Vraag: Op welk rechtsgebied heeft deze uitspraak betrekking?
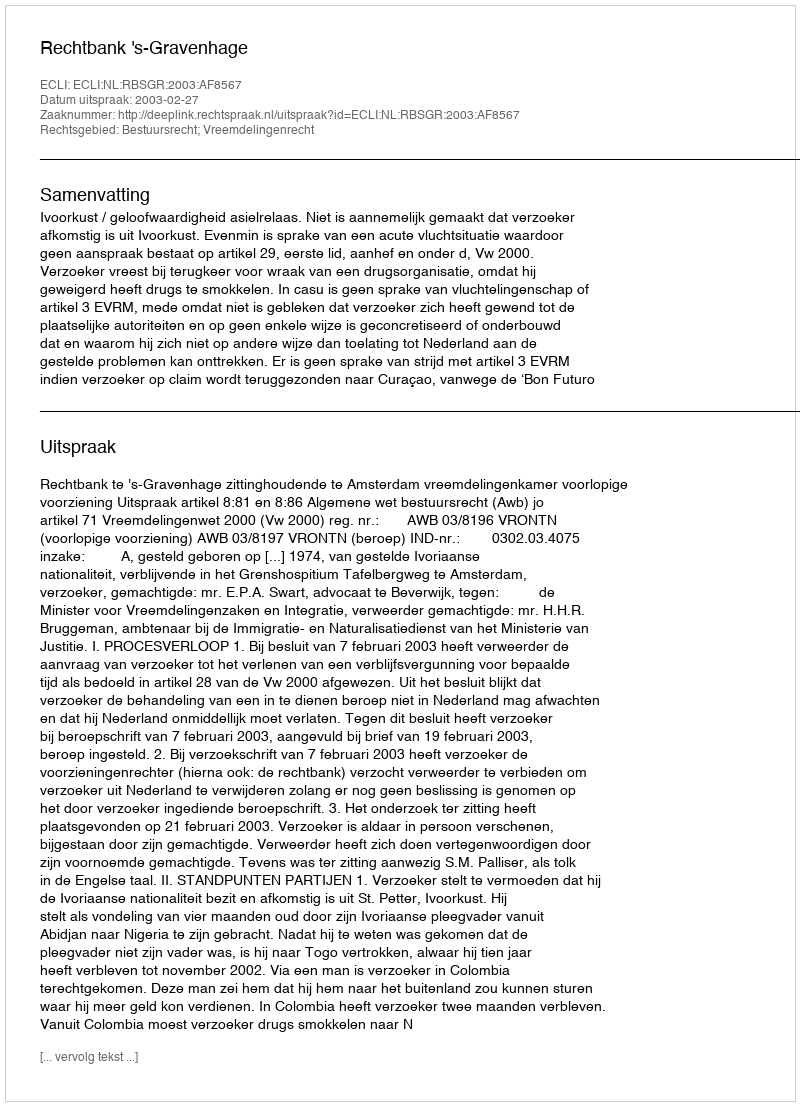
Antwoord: Bestuursrecht; Vreemdelingenrecht